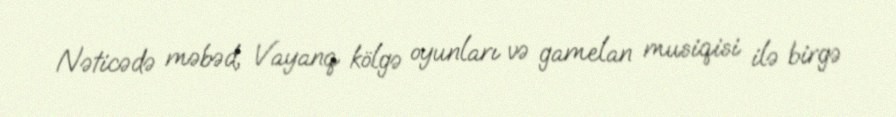
Nəticədə məbəd, Vayanq kölgə oyunları və gamelan musiqisi ilə birgə